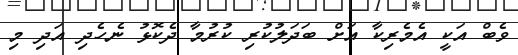
ވެބް އަކީ އެމެރިކާ އަށް ބަދަލުކުރި ކުރުމާ ދެކޮޅު ނެހެދި އަދި މި